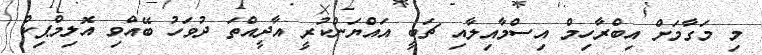
މި މަގާމަށް އިބްރާހިމް އިސްމާއިލާއި ޗަބީ އައްޔަންކުރީ އާދީއްތަ ދުވަހު ބޭއްވި އޮލިމްޕިކް